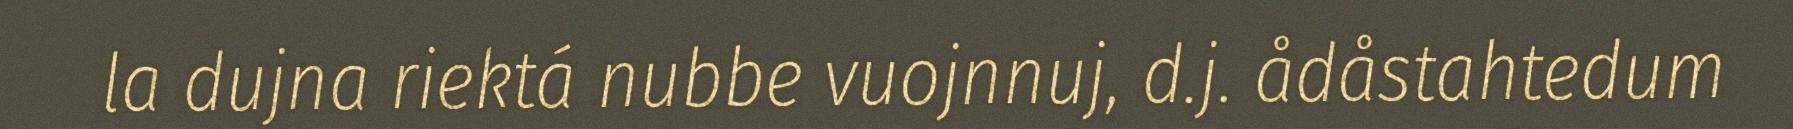
la dujna riektá nubbe vuojnnuj, d.j. ådåstahtedum